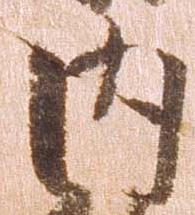
内